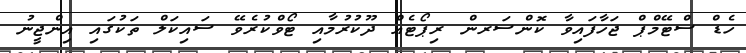
ހެޑް ސްޓޭމްޕް ޖަހާފައިވާ ކޮންސަރން ރިޕޯޓެއް ދޫކުރުމާއި ޓޯވްކުރެވޭ ސައިކަލް ތަކުގައި އިންޖީނު